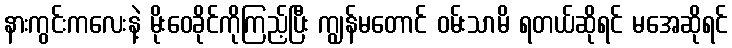
နားကွင်းကလေးနဲ့ မိုးဝေခိုင်ကိုကြည့်ပြီး ကျွန်မတောင် ဝမ်းသာမိ ရတယ်ဆိုရင် မအေဆိုရင်